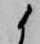
候